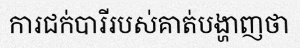
ការជក់បារីរបស់គាត់បង្ហាញថា